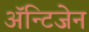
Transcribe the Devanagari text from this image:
ॲन्टिजेन